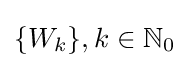
\{W_{k}\},k\in \mathbb {N} _{0}